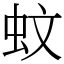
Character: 蚊